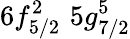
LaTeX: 6f_{5/2}^{2}\, \, 5g_{7/2}^{5}